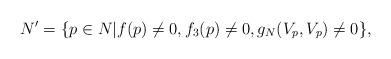
LaTeX: \begin{align*} N'=\{p\in N | f(p)\neq 0, f_3(p)\neq 0, g_N(V_p,V_p)\neq 0\},\end{align*}